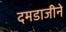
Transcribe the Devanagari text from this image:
दमडाजीने